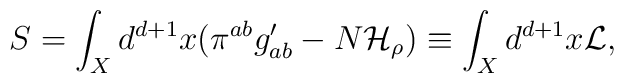
S =\int_{X} d^{d+1}x (\pi^{ab}g^{\prime}_{ab} - N{\cal H}_\rho) \equiv \int_X d^{d+1}x {\cal L},